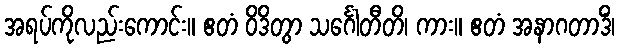
အရပ်ကိုလည်းကောင်း။ ဧတံ ဝိဒိတွာ သင်္ဂေါတီတိ၊ ကား။ ဧတံ အနာဂတာဒိံ၊